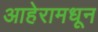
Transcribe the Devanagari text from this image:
आहेरामधून